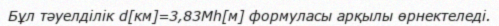
Бұл тәуелділік d[км]=3,83Мһ[м] формуласы арқылы өрнектеледі.